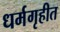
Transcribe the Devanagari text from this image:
धर्मगृहीत